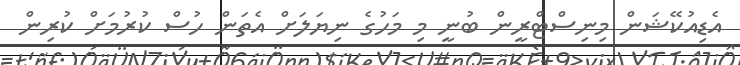
އެޑިއުކޭޝަން މިނިސްޓްރީން ބުނީ މި މަހުގެ ނިޔަލަށް އެތަން ހުސް ކުރުމަށް ކުރިން